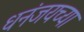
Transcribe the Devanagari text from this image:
धनंजयच्या